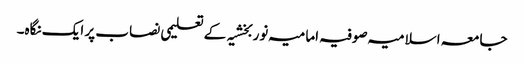
جامعہ اسلامیہ صوفیہ امامیہ نوربخشیہ کے تعلیمی نصاب پر ایک نگاہ۔